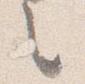
之